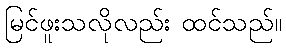
မြင်ဖူးသလိုလည်း ထင်သည်။